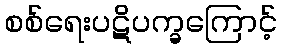
စစ်ရေးပဋိပက္ခကြောင့်